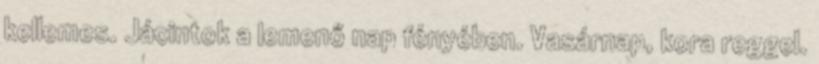
kellemes. Jácintok a lemenő nap fényében. Vasárnap, kora reggel.